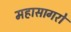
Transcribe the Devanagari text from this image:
महासागरो